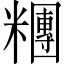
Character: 糰